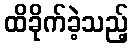
ထိခိုက်ခဲ့သည့်